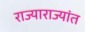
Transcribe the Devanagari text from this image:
राज्याराज्यांत